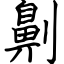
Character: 劓